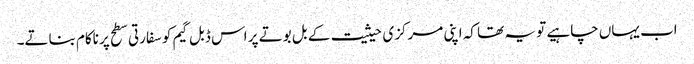
اب یہاں چاہیے تو یہ تھا کہ اپنی مرکزی حیثیت کے بل بوتے پر اس ڈبل گیم کو سفارتی سطح پر ناکام بناتے۔